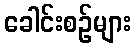
ခေါင်းစဉ်များ